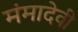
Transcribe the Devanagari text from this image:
मंमादेवी